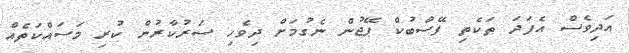
އަދިވެސް އެފަދަ ތަކެތި ފޭސްބުކް ޕޭޖުން ނެގުމަށް ދިވެހި ސަރުކާރުން ކުރި މަސައްކަތެއް